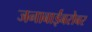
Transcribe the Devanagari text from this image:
जनाबाईंबरोबर